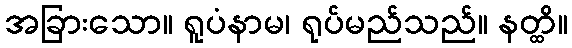
အခြားသော။ ရူပံနာမ၊ ရုပ်မည်သည်။ နတ္ထိ။